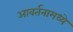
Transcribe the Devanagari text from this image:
आवर्तनामध्ये